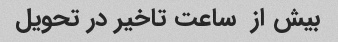
بیش از  ساعت تاخیر در تحویل